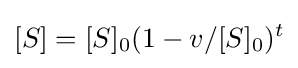
[S]=[S]_{0}(1-v/[S]_{0})^{t}